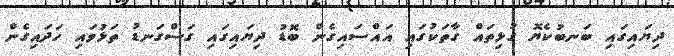
ދިޔައިގައި ބަނބުކެޔޮ ގުޅިތައް ގާތަކުގައި އައްސައިގެން ބޮޑު ދިޔައިގައި ގަސްގަނޑު ތަޅުވައި ހަދައިގެން